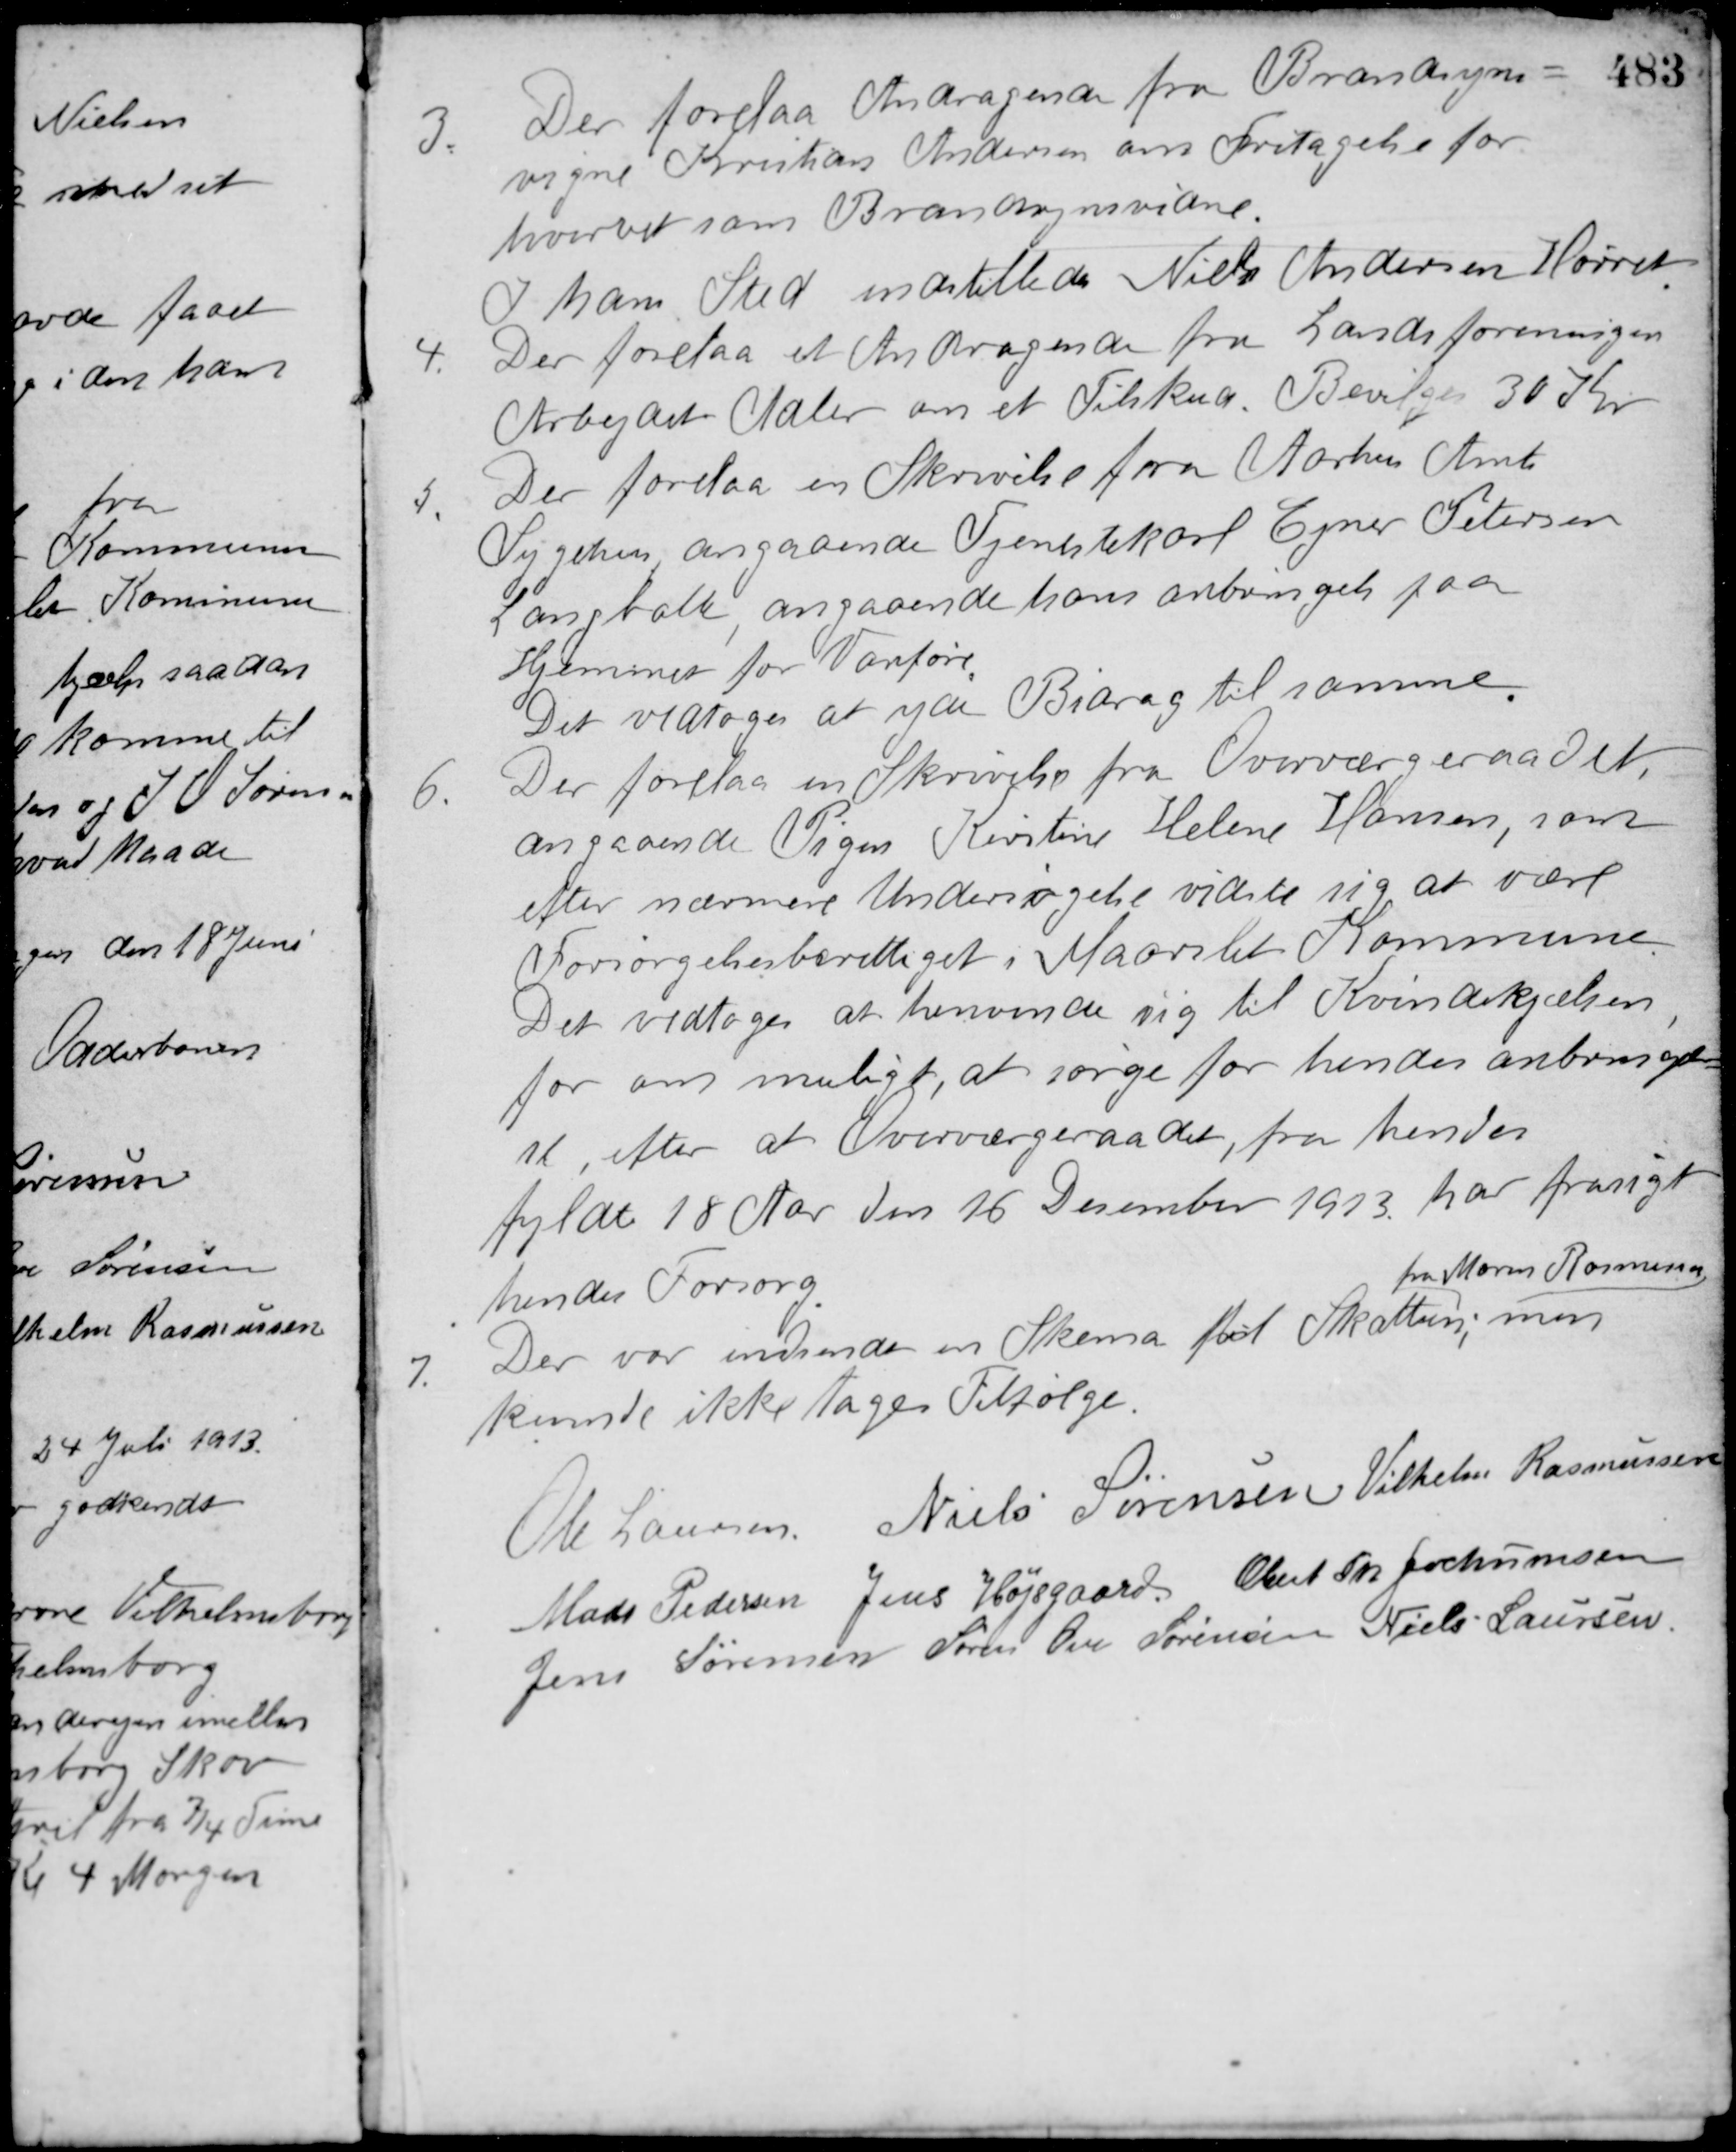
Transskription:
3. Der forelaa Andragende fra Brandsyns-
vigne Kristian Andersen om Fritagelse for
hvervet som Brandsynsvidne.
I hans Sted indstilledes Niels Andersen Hørret.
4. Der forelaa et Andragende fra Landsforeningen
Arbejdet Adler om et Tilskud. Bevilges 30 Kr.
5. Der forelaa en Skrivelse fra Aarhus Amt
Sygehus angaaende Tjenestekarl Ejner Petersen
Langballe, angaaende hans anbringels paa
Hjemmet for Vanføre.
Det vedtoges at yde Bidrag til samme.
6. Der forelaa en Skrivelse fra Overværgeraadet,
angaaende Pigen Kirstine Helene Hansen, som
efter nærmere Undersøgelse vidste sig at være
Forsørgelsesberettiget i Maarslet Kommune.
Det vedtoges at henvende sig til Kvindehjælpen,
for om muligt, at sørge for hendes anbringel-
se, efter at Overværgeraadet, fra hendes
fyldte 18 Aar den 16 December 1913 har frasagt
hendes Forsorg.
7. Der var indsendt en Skema med Skatten,
fra Maren Rasmussen
men
kunde ikke tages Tilfølge.
Ole Laursen Niels Sørensen Vilhelm Rasmussen
Mads Pedersen Jens Højsgaard Obert Th. Jochumsen
Jens Sørensen Søren Ove Sørensen Niels Laursen